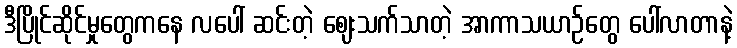
ဒီပြိုင်ဆိုင်မှုတွေကနေ လပေါ် ဆင်းတဲ့ ဈေးသက်သာတဲ့ အာကာသယာဉ်တွေ ပေါ်လာတာနဲ့